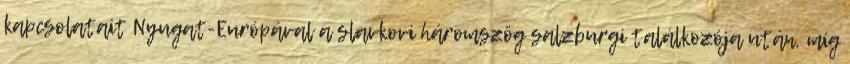
kapcsolatait Nyugat-Európával a slavkovi háromszög salzburgi találkozója után, míg